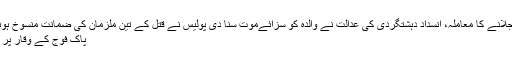
پسند کی شادی کرنے پر بیٹی کو جلانے کا معاملہ، انسداد دہشتگردی کی عدالت نے والدہ کو سزائےموت سنا دی پولیس نے قتل کے تین ملزمان کی ضمانت منسوخ ہونے پرفرار کی کوشش ناکام بنادی
پاک فوج کے وقار پر کوئی سمجھوتہ نہیں کیا جائے گا۔